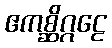
ဧကစ္ဆိဂ္ဂဠေ